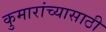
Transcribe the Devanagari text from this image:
कुमारांच्यासाठी